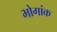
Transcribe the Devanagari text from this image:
भोगांक